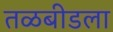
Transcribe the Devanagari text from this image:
तळबीडला